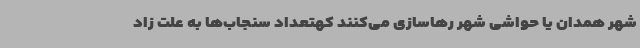
شهر همدان یا حواشی شهر رهاسازی می‌کنند کهتعداد سنجاب‌ها به علت زاد